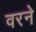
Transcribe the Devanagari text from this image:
वरने